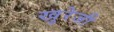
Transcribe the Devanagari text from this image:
खुरेजी